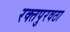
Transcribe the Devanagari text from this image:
रक्‍तपुरवठा